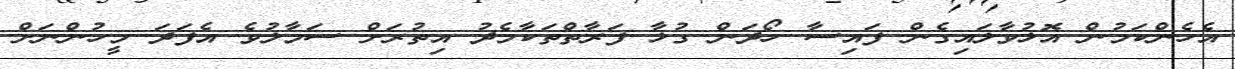
އެހެންކަމުން އޮޅުވާލައިގެން ފައިސާ ހޯދަން ގުޅާ ފަރާތްތަކާމެދު އިތުރަށް ސަމާލުވެ އެފަދަ މީހުންނަށް